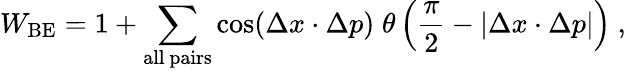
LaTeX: W_{\mathrm{BE}}=1+\sum_{\mathrm{all~pairs}}\cos(\Delta x\cdot\Delta p)\; \theta\left(\frac{\pi}{2}-|\Delta x\cdot\Delta p|\right)~,